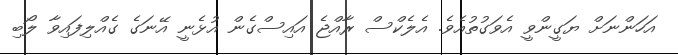
އަހަންނަށް ޔަގީންވީ އެވަގުތުއެވެ. އެލެކްސް ރާއްޖެ އައިސްގެން އުޅެނީ އޭނަގެ ގެއްލިފައިވާ ލޯބި